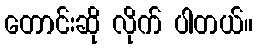
တောင်းဆို လိုက် ပါတယ်။